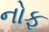
નોફ